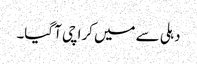
دہلی سے میں کراچی آ گیا۔